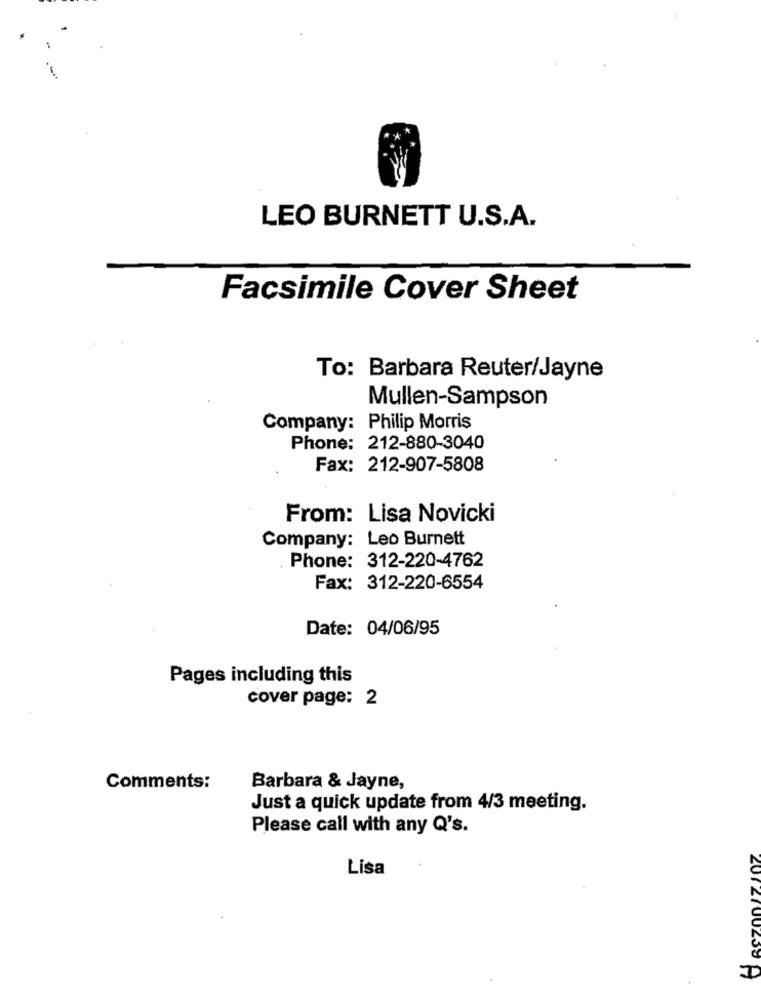
LEO BURNETT U.S.A.
Facsimile Cover Sheet
To: Barbara Reuter/Jayne
Mullen-Sampson
Company: Philip Morris
Phone: 212-880-3040
Fax: 212-907-5808
From: Lisa Novicki
Company: Leo Burnett
Phone: 312-220-4762
Fax: 312-220-6554
Date: 04/06/95
Pages including this
cover page: 2
Comments:
Barbara & Jayne,
Just a quick update from 4/3 meeting.
Please call with any Q's.
Lisa
2072700259-